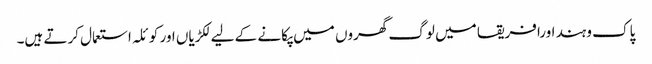
پاک وہند اورافریقا میں لوگ گھروں میں پکانے کے لیے لکڑیاں اور کوئلہ استعمال کرتے ہیں۔